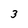
Character: 3